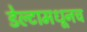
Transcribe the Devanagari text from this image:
डेल्टामधूनच